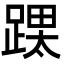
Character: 𮛳